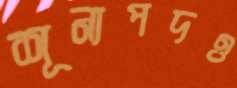
শূন্যপদও